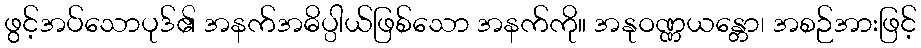
ဖွင့်အပ်သောပုဒ်၏ အနက်အဓိပ္ပါယ်ဖြစ်သော အနက်ကို။ အနုဝဏ္ဏယန္တော၊ အစဉ်အားဖြင့်